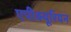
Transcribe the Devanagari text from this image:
एपीक्यूरियन